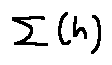
\sum [ h ]